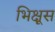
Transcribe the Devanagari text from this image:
भिक्षूस